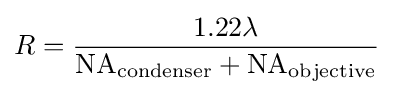
R={\frac {1.22\lambda }{\mathrm {NA} _{\text{condenser}}+\mathrm {NA} _{\text{objective}}}}